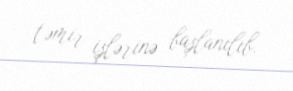
təmir işlərinə başlanılıb.